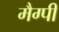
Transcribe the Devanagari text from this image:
मैग्पी